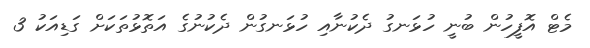
މެޓް އޮފީހުން ބުނީ ހުޅަނގު ދެކުނާއި ހުޅަނގުން ދެކުނުގެ އަތޮޅުތަކަށް ގަޑިއަކު 3